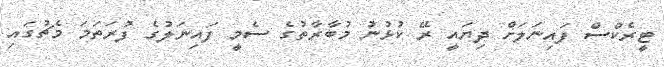
ޓީރެކްސް ފައިނަލަށް ދިޔައީ ރޭ ކުޅުނު މުބާރާތުގެ ސެމީ ފައިނަލުގެ ފުރަތަމަ މެޗުގައި